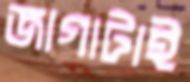
জাগাটাই